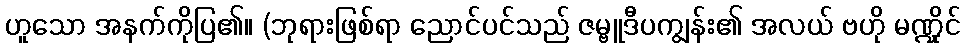
ဟူသော အနက်ကိုပြ၏။ (ဘုရားဖြစ်ရာ ညောင်ပင်သည် ဇမ္ဗူဒီပကျွန်း၏ အလယ် ဗဟို မဏ္ဍိုင်